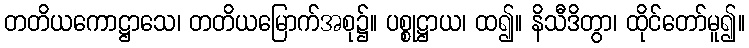
တတိယကောဋ္ဌာသေ၊ တတိယမြောက်အစု၌။ ပစ္စုဋ္ဌာယ၊ ထ၍။ နိသီဒိတွာ၊ ထိုင်တော်မူ၍။